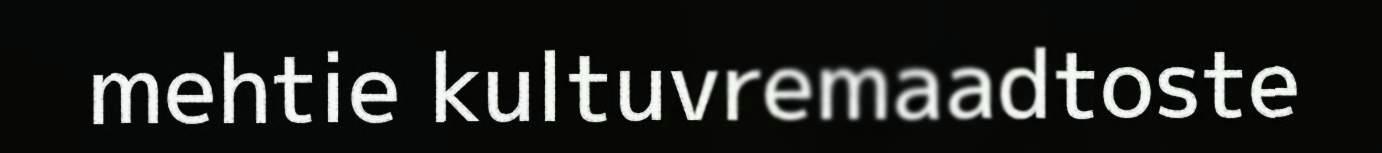
mehtie kultuvremaadtoste